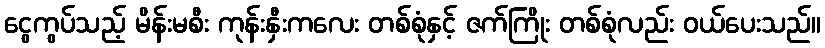
ငွေကွပ်သည့် မိန်းမစီး ကုန်းနှီးကလေး တစ်စုံနှင့် ဇက်ကြိုး တစ်စုံလည်း ဝယ်ပေးသည်။